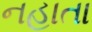
નહાતા